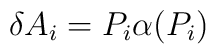
\delta A_{i}=P_{i}\alpha (P_{i})